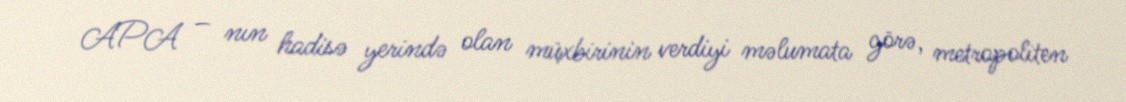
APA – nın hadisə yerində olan müxbirinin verdiyi məlumata görə, metropoliten